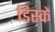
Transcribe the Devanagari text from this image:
डिस्कें